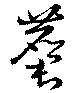
麏